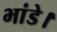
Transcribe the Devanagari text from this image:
भांडे।